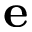
\mathbf { e }